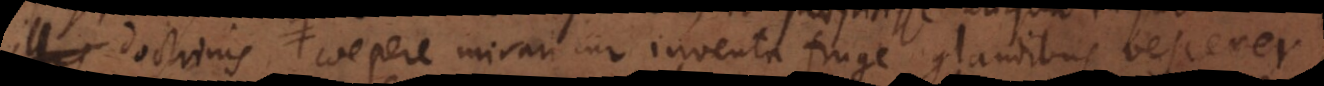
illis, coepere mirari cur inventa fruge glandibus vescerer,